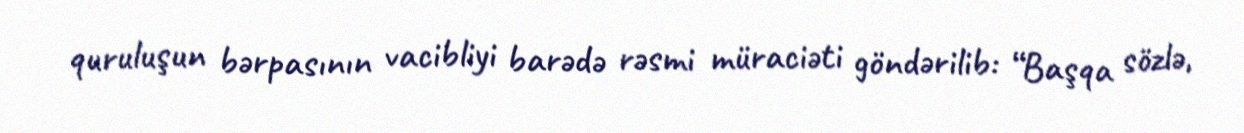
quruluşun bərpasının vacibliyi barədə rəsmi müraciəti göndərilib: “Başqa sözlə,